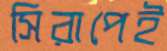
সিরাপেই